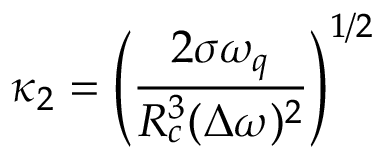
\displaystyle \kappa _ { 2 } = \left( \frac { 2 \sigma \omega _ { q } } { R _ { c } ^ { 3 } ( \Delta \omega ) ^ { 2 } } \right) ^ { 1 / 2 }